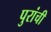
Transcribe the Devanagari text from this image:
पुरांची